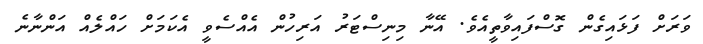
ވަރަށް ފަޅައިގެން ގޮސްފައިވާތީއެވެ. އޭނާ މިނިސްޓަރު އަރިހުން އެއްސެވީ އެކަމަށް ހައްލެއް އަންނާނެ